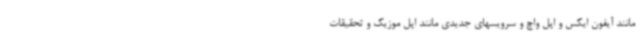
مانند آیفون ایکس و اپل واچ و سرویسهای جدیدی مانند اپل موزیک و تحقیقات